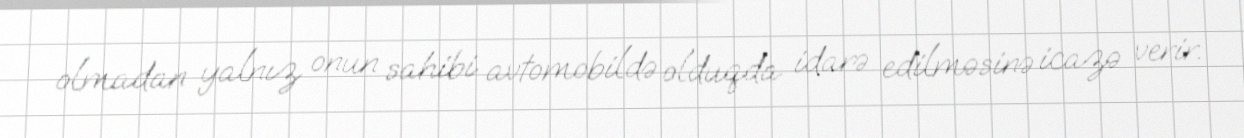
olmadan yalnız onun sahibi avtomobildə olduqda idarə edilməsinə icazə verir.